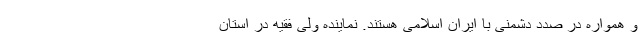
و همواره در صدد دشمنی با ایران اسلامی هستند. نماینده ولی فقیه در استان